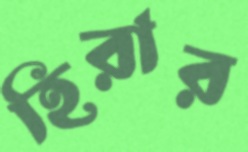
হিরার